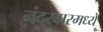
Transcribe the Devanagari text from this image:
नंदुरबारमध्ये